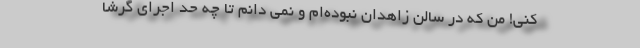
کنی! من که در سالن زاهدان نبوده‌ام و نمی دانم تا چه حد اجرای گرشا